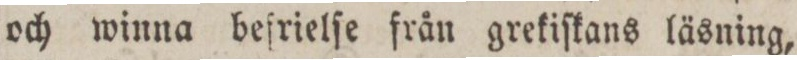
och winna befrielſe från grekiſkans läsning,